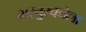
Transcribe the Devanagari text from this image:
वास्तुरचनेला